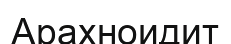
Арахноидит